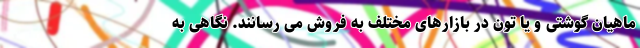
ماهیان گوشتی و یا تون در بازارهای مختلف به فروش می رسانند. نگاهی به